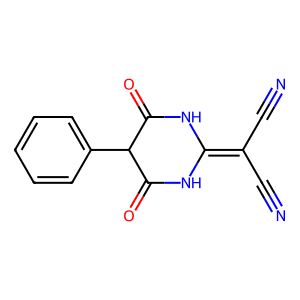
SMILES: N#CC(C#N)=C1NC(=O)C(c2ccccc2)C(=O)N1
Inhibits HIV replication: No